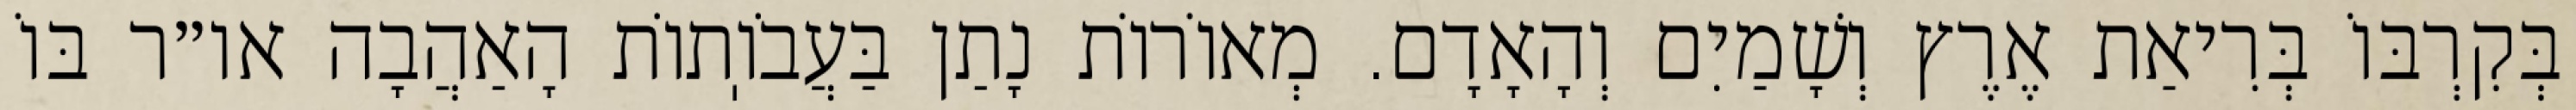
בְּקִרְבּוֹ בְּרִיאַת אֶרֶץ וְשָׁמַיִם וְהָאָדָם. מְאוֹרוֹת נָתַן בַּעֲבֹוֽתוֹת הָאַהֲבָה או״ר בּוֹ